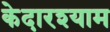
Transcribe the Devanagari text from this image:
केदारश्याम